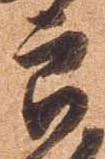
郎